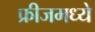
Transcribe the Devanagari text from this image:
फ्रीजमध्ये